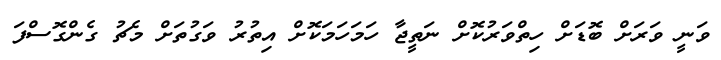
ވަނީ ވަރަށް ބޮޑަށް ހިތްވަރުކޮށް ނަތީޖާ ހަމަހަމަކޮށް އިތުރު ވަގުތަށް މެޗު ގެންގޮސްފަ